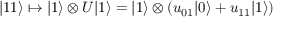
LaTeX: | 1 1 \rangle \mapsto | 1 \rangle \otimes U | 1 \rangle = | 1 \rangle \otimes \left( u _ { 0 1 } | 0 \rangle + u _ { 1 1 } | 1 \rangle \right)